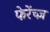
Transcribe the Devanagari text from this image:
फेरेंच्ज़